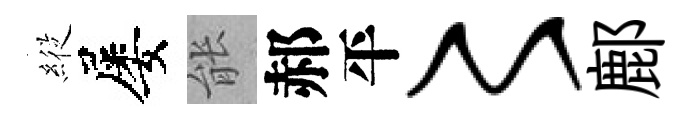
𦂵屡䏻郝平〻鄜